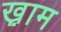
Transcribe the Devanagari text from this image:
ख़़ाम